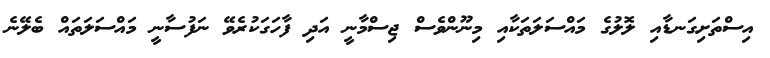
އިސްތަށިގަނޑާއި ލޮލުގެ މައްސަލަތަކާއި މިނޫންވެސް ޖިސްމާނީ އަދި ފާހަގަކުރެވޭ ނަފުސާނީ މައްސަލަތައް ބެލޭނެ